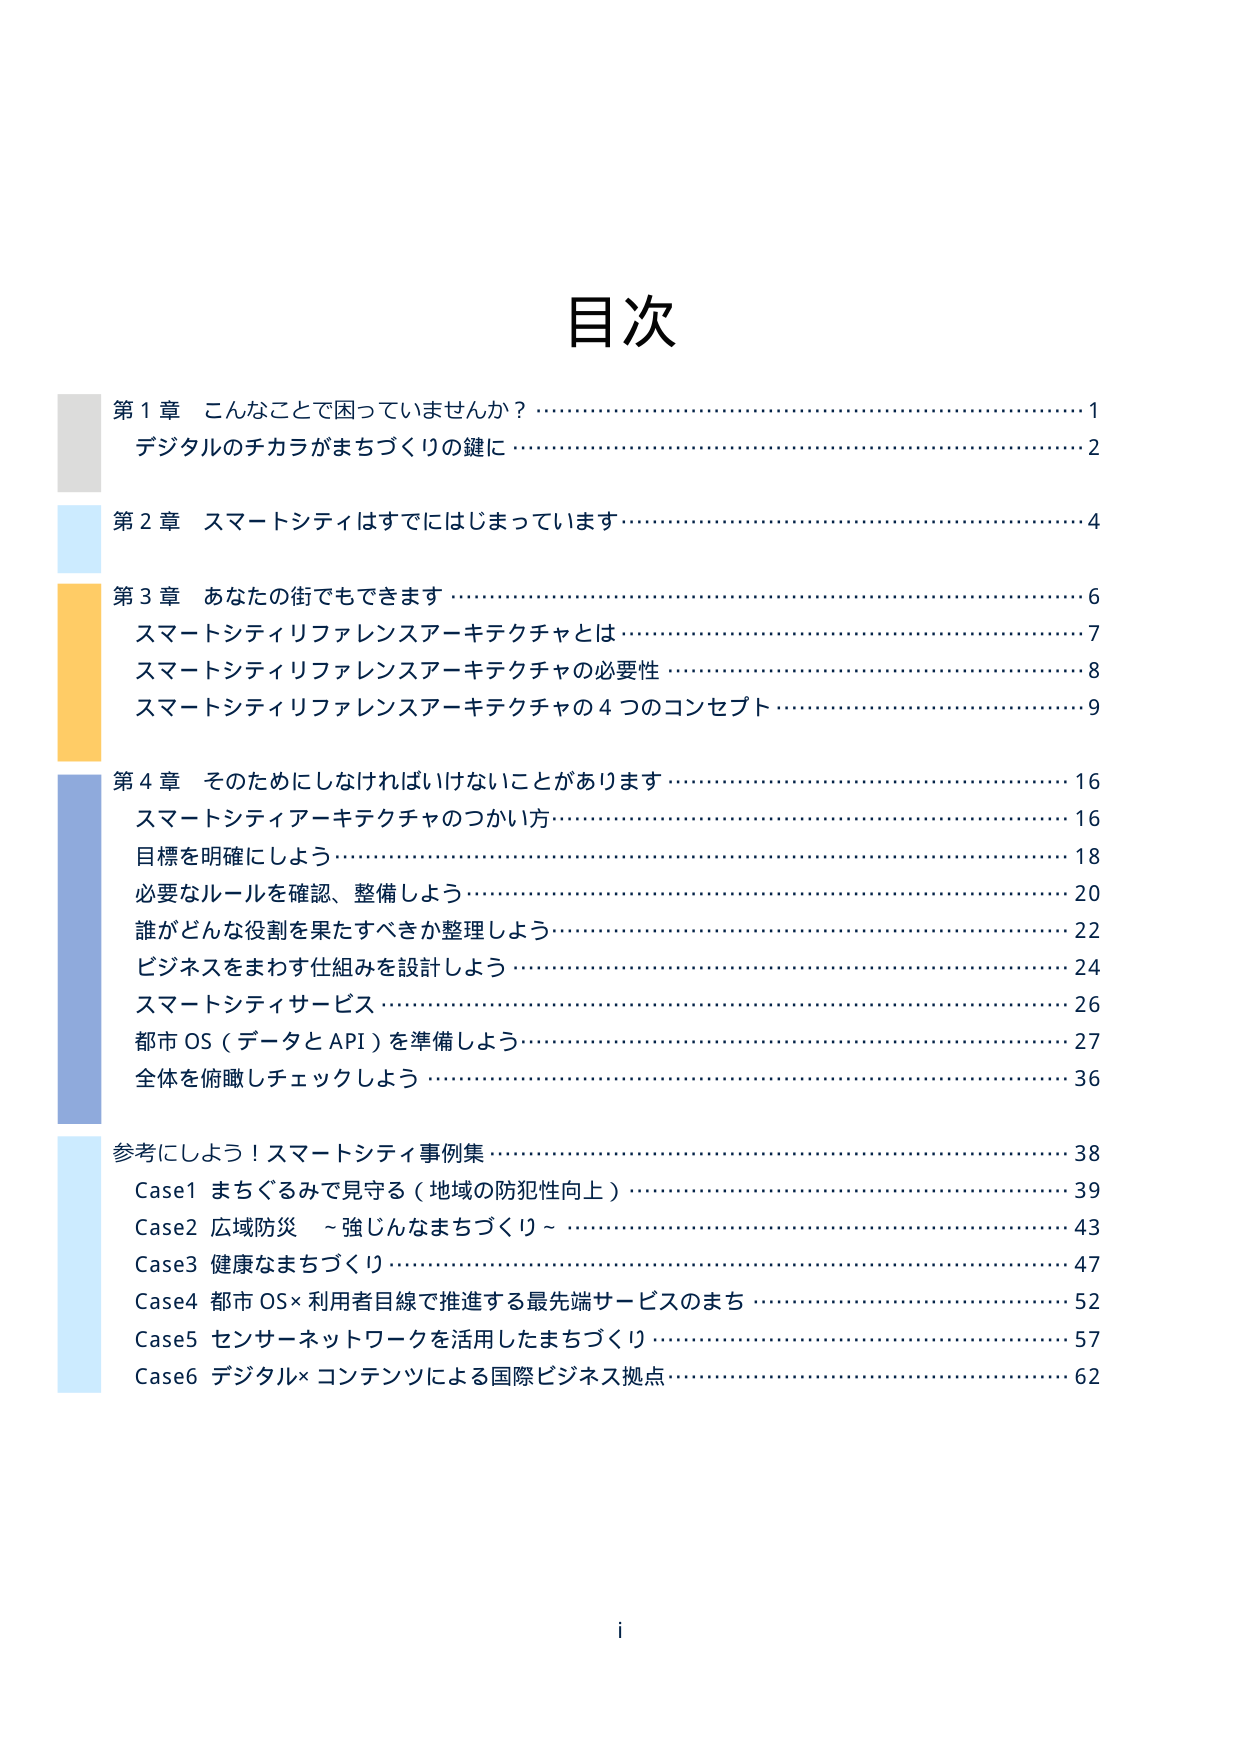
目次

第1章 こんなことで困っていませんか？ …………………………………………………… 1
デジタルのチカラがまちづくりの鍵に …………………………………………………… 2

第2章 スマートシティはすでにはじまっています ………………………………………… 4

第3章 あなたの街でもできます …………………………………………………………… 6
スマートシティリファレンスアーキテクチャとは ………………………………………… 7
スマートシティリファレンスアーキテクチャの必要性 …………………………………… 8
スマートシティリファレンスアーキテクチャの4つのコンセプト ………………………… 9

第4章 そのためにしなければいけないことがあります ………………………………… 16
スマートシティアーキテクチャのつかい方 ……………………………………………… 16
目標を明確にしよう ………………………………………………………………………… 18
必要なルールを確認、整備しよう ………………………………………………………… 20
誰がどんな役割を果たすべきか整理しよう ……………………………………………… 22
ビジネスをまわす仕組みを設計しよう …………………………………………………… 24
スマートシティサービス …………………………………………………………………… 26
都市OS（データとAPI）を準備しよう …………………………………………………… 27
全体を俯瞰しチェックしよう ……………………………………………………………… 36

参考にしよう！スマートシティ事例集 …………………………………………………… 38
Case1 まちぐるみで見守る（地域の防犯性向上） ………………………………………… 39
Case2 広域防災 ～強じんなまちづくり～ ………………………………………………… 43
Case3 健康なまちづくり …………………………………………………………………… 47
Case4 都市OS×利用者目線で推進する最先端サービスのまち …………………………… 52
Case5 センサーネットワークを活用したまちづくり ……………………………………… 57
Case6 デジタル×コンテンツによる国際ビジネス拠点 …………………………………… 62

i